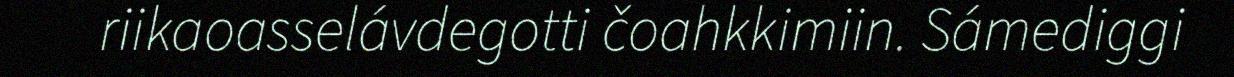
riikaoasselávdegotti čoahkkimiin. Sámediggi